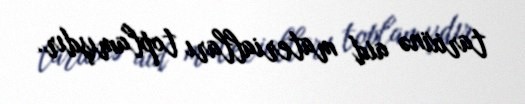
tarixinə aid materialları toplamışdır.